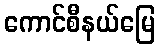
ကောင်စီနယ်မြေ